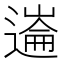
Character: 𰻏